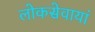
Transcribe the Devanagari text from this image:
लोकसेवायां